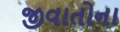
જીવાતોના